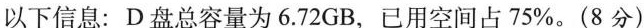
以下信息：D盘总容量为6.72GB，已用空间占75\%。(8分)